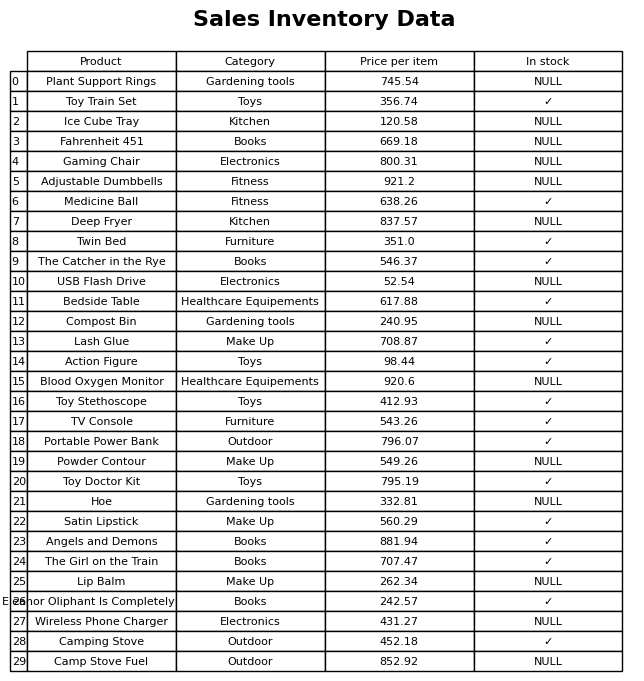
question: What is the price for Camp Stove Fuel?
answer: The price of Camp Stove Fuel is 852.92.